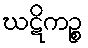
ဃဋိကဉ္စ